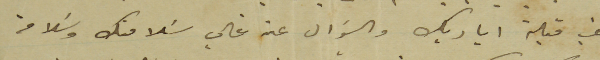
غب قبلة اياديك والسؤال عن غالي سَلامتك وسَلامة